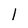
Character: 1